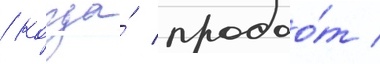
/ когда́ продао́т /